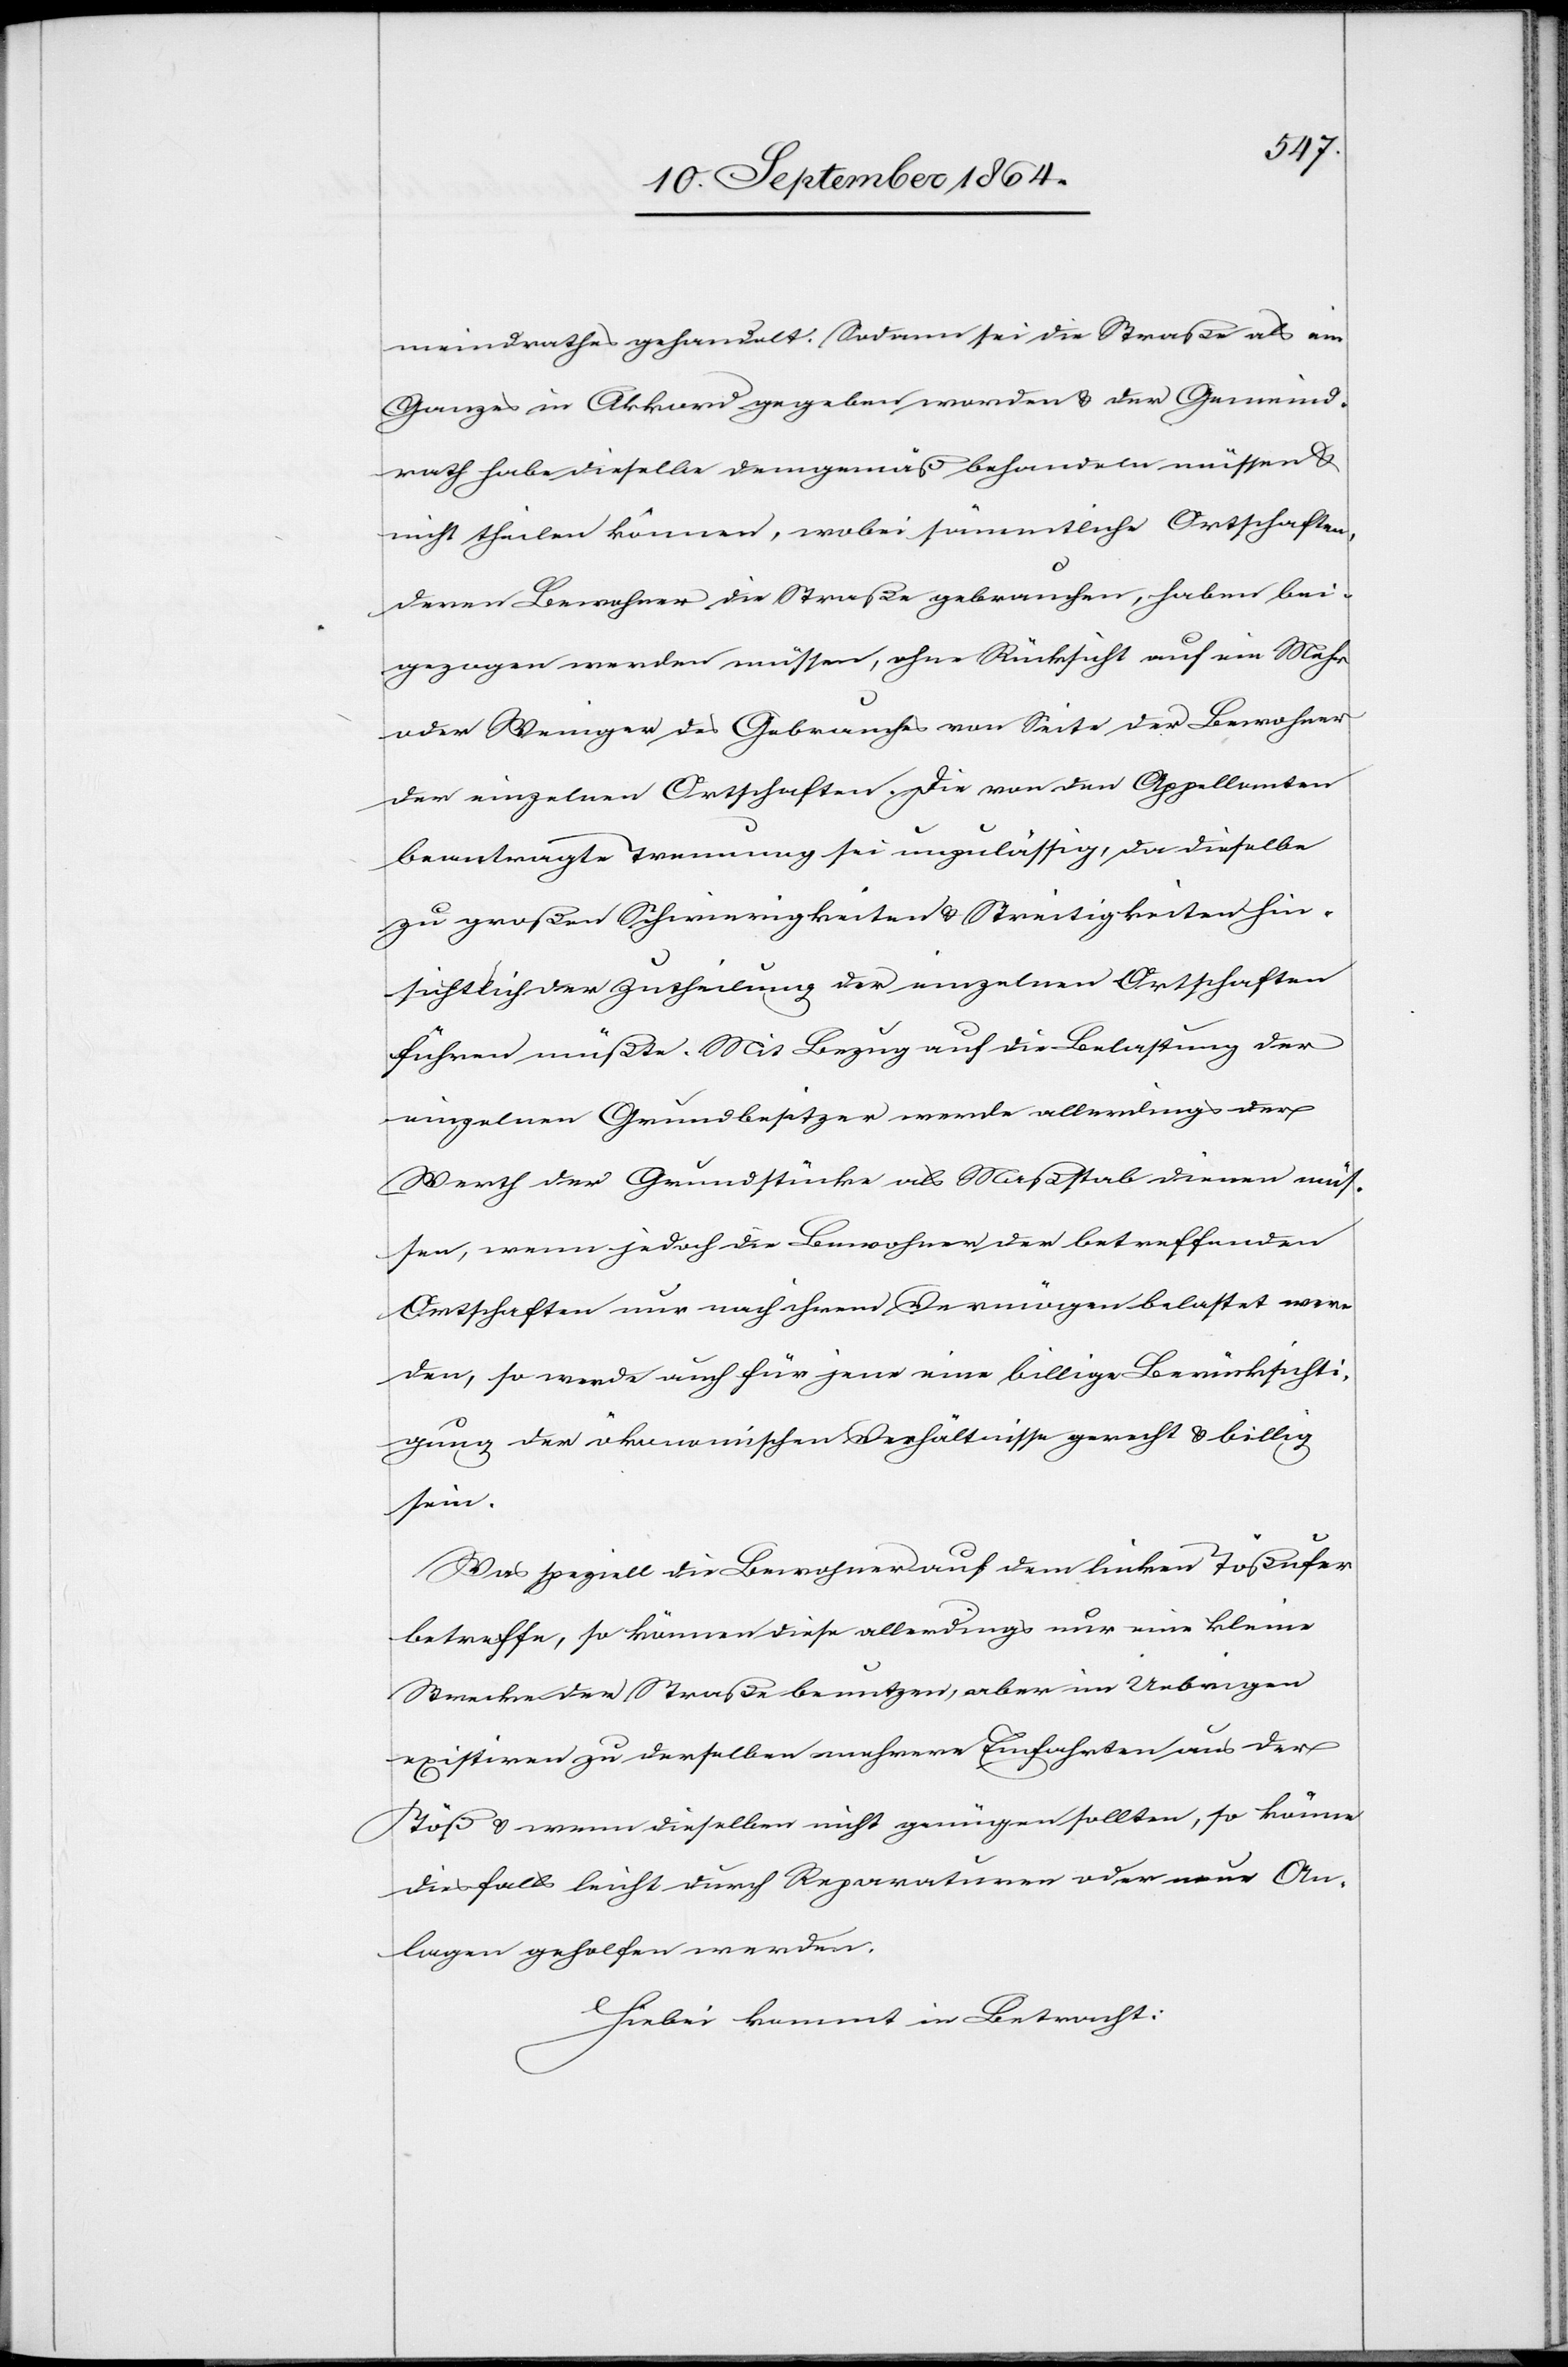
meindrathes gehandelt. Sodann sei die Straße als ein
Ganzes in Akkord gegeben worden & der Gemeind¬
rath habe dieselbe demgemäß behandeln müssen &
nicht theilen können, wobei sämmtliche Ortschaften,
deren Bewohner die Straße gebrauchen, haben bei¬
gezogen werden müssen, ohne Rücksicht auf ein Mehr
oder Weniger des Gebrauches von Seite der Bewohner
der einzelnen Ortschaften. Die von den Appellanten
beantragte Trennung sei unzulässig, da dieselbe
zu großen Schwierigkeiten & Streitigkeiten hin¬
sichtlich der Zutheilung der einzelnen Ortschaften
führen müßte. Mit Bezug auf die Belastung der
einzelnen Grundbesitzer werde allerdings der
Werth der Grundstücke als Maßstab dienen müs¬
sen, wenn jedoch die Bewohner der betreffenden
Ortschaften nur nach ihrem Vermögen belastet wer¬
den, so werde auch für jene eine billige Berücksichti¬
gung der ökonomischen Verhältnisse gerecht & billig
sein.
Was speziell die Bewohner auf dem linken Tößufer
betreffe, so können diese allerdings nur eine kleine
Strecke der Straße benutzen, aber im Uebrigen
existiren zu derselben mehrere Einfahrten aus der
Töß & wenn dieselben nicht genügen sollten, so könne
diesfalls leicht durch Reparatur oder neue An¬
lagen geholfen werden.
Hiebei kommt in Betracht: